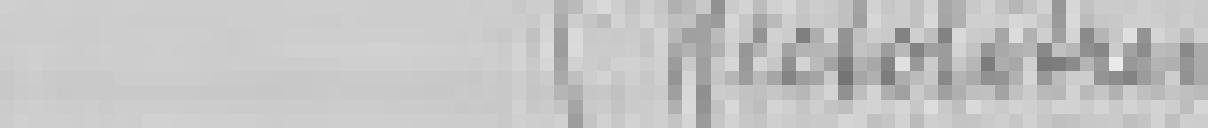
sortie : 5 hectolitres